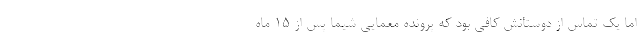
اما یک تماس از دوستانش کافی بود که پرونده معمایی شیما پس از ۱۵ ماه